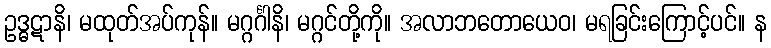
ဥဒ္ဓဋာနိ၊ မထုတ်အပ်ကုန်။ မဂ္ဂင်္ဂါနိ၊ မဂ္ဂင်တို့ကို။ အလာဘတောယေဝ၊ မရခြင်းကြောင့်ပင်။ န